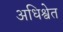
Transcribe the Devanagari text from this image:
अधिश्वेत